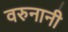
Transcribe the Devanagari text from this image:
वरुनानी